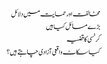
مخالفت اور حمایت میں دلائل
بڑے مسائل کیا ہیں
کرنسی کا قضیہ
کیا سکاٹ واقعی آزادی چاہتے ہیں؟